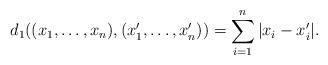
LaTeX: \begin{align*}d_1((x_1,\dots,x_n),(x'_1,\dots,x'_n)) = \sum\limits_{i=1}^{n} |x_i-x'_i|.\end{align*}